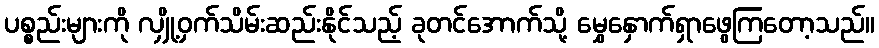
ပစ္စည်းများကို လျှို့ဝှက်သိမ်းဆည်းနိုင်သည့် ခုတင်အောက်သို့ မွှေနှောက်ရှာဖွေကြတော့သည်။